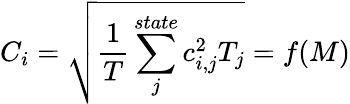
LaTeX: C_{i}=\sqrt{\frac{1}{T}\sum_{j}^{state}c_{i,j}^{2}T_{j}}=f(M)